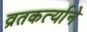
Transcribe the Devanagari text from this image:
व्रतकर्त्याने